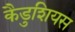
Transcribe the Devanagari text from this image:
कैडुशियस